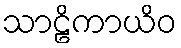
သာဠိကာယိဝ